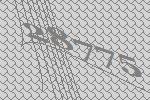
28775